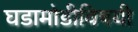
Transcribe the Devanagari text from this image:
घडामोडीविषयी